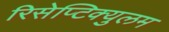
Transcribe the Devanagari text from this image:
रिसेप्टिक्युलम